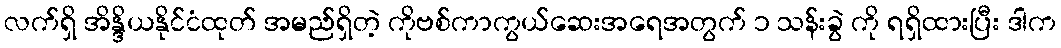
လက်ရှိ အိန္ဒိယနိုင်ငံထုတ် အမည်ရှိတဲ့ ကိုဗစ်ကာကွယ်ဆေးအရေအတွက် ၁ သန်းခွဲ ကို ရရှိထားပြီး ဒါက